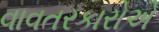
વાવતરકારોએ